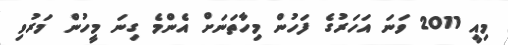
މިއީ 2011 ވަނަ އަހަރުގެ ފަހުން މިހާތަނަށް އެންމެ ގިނަ މީހުން މަރުވި